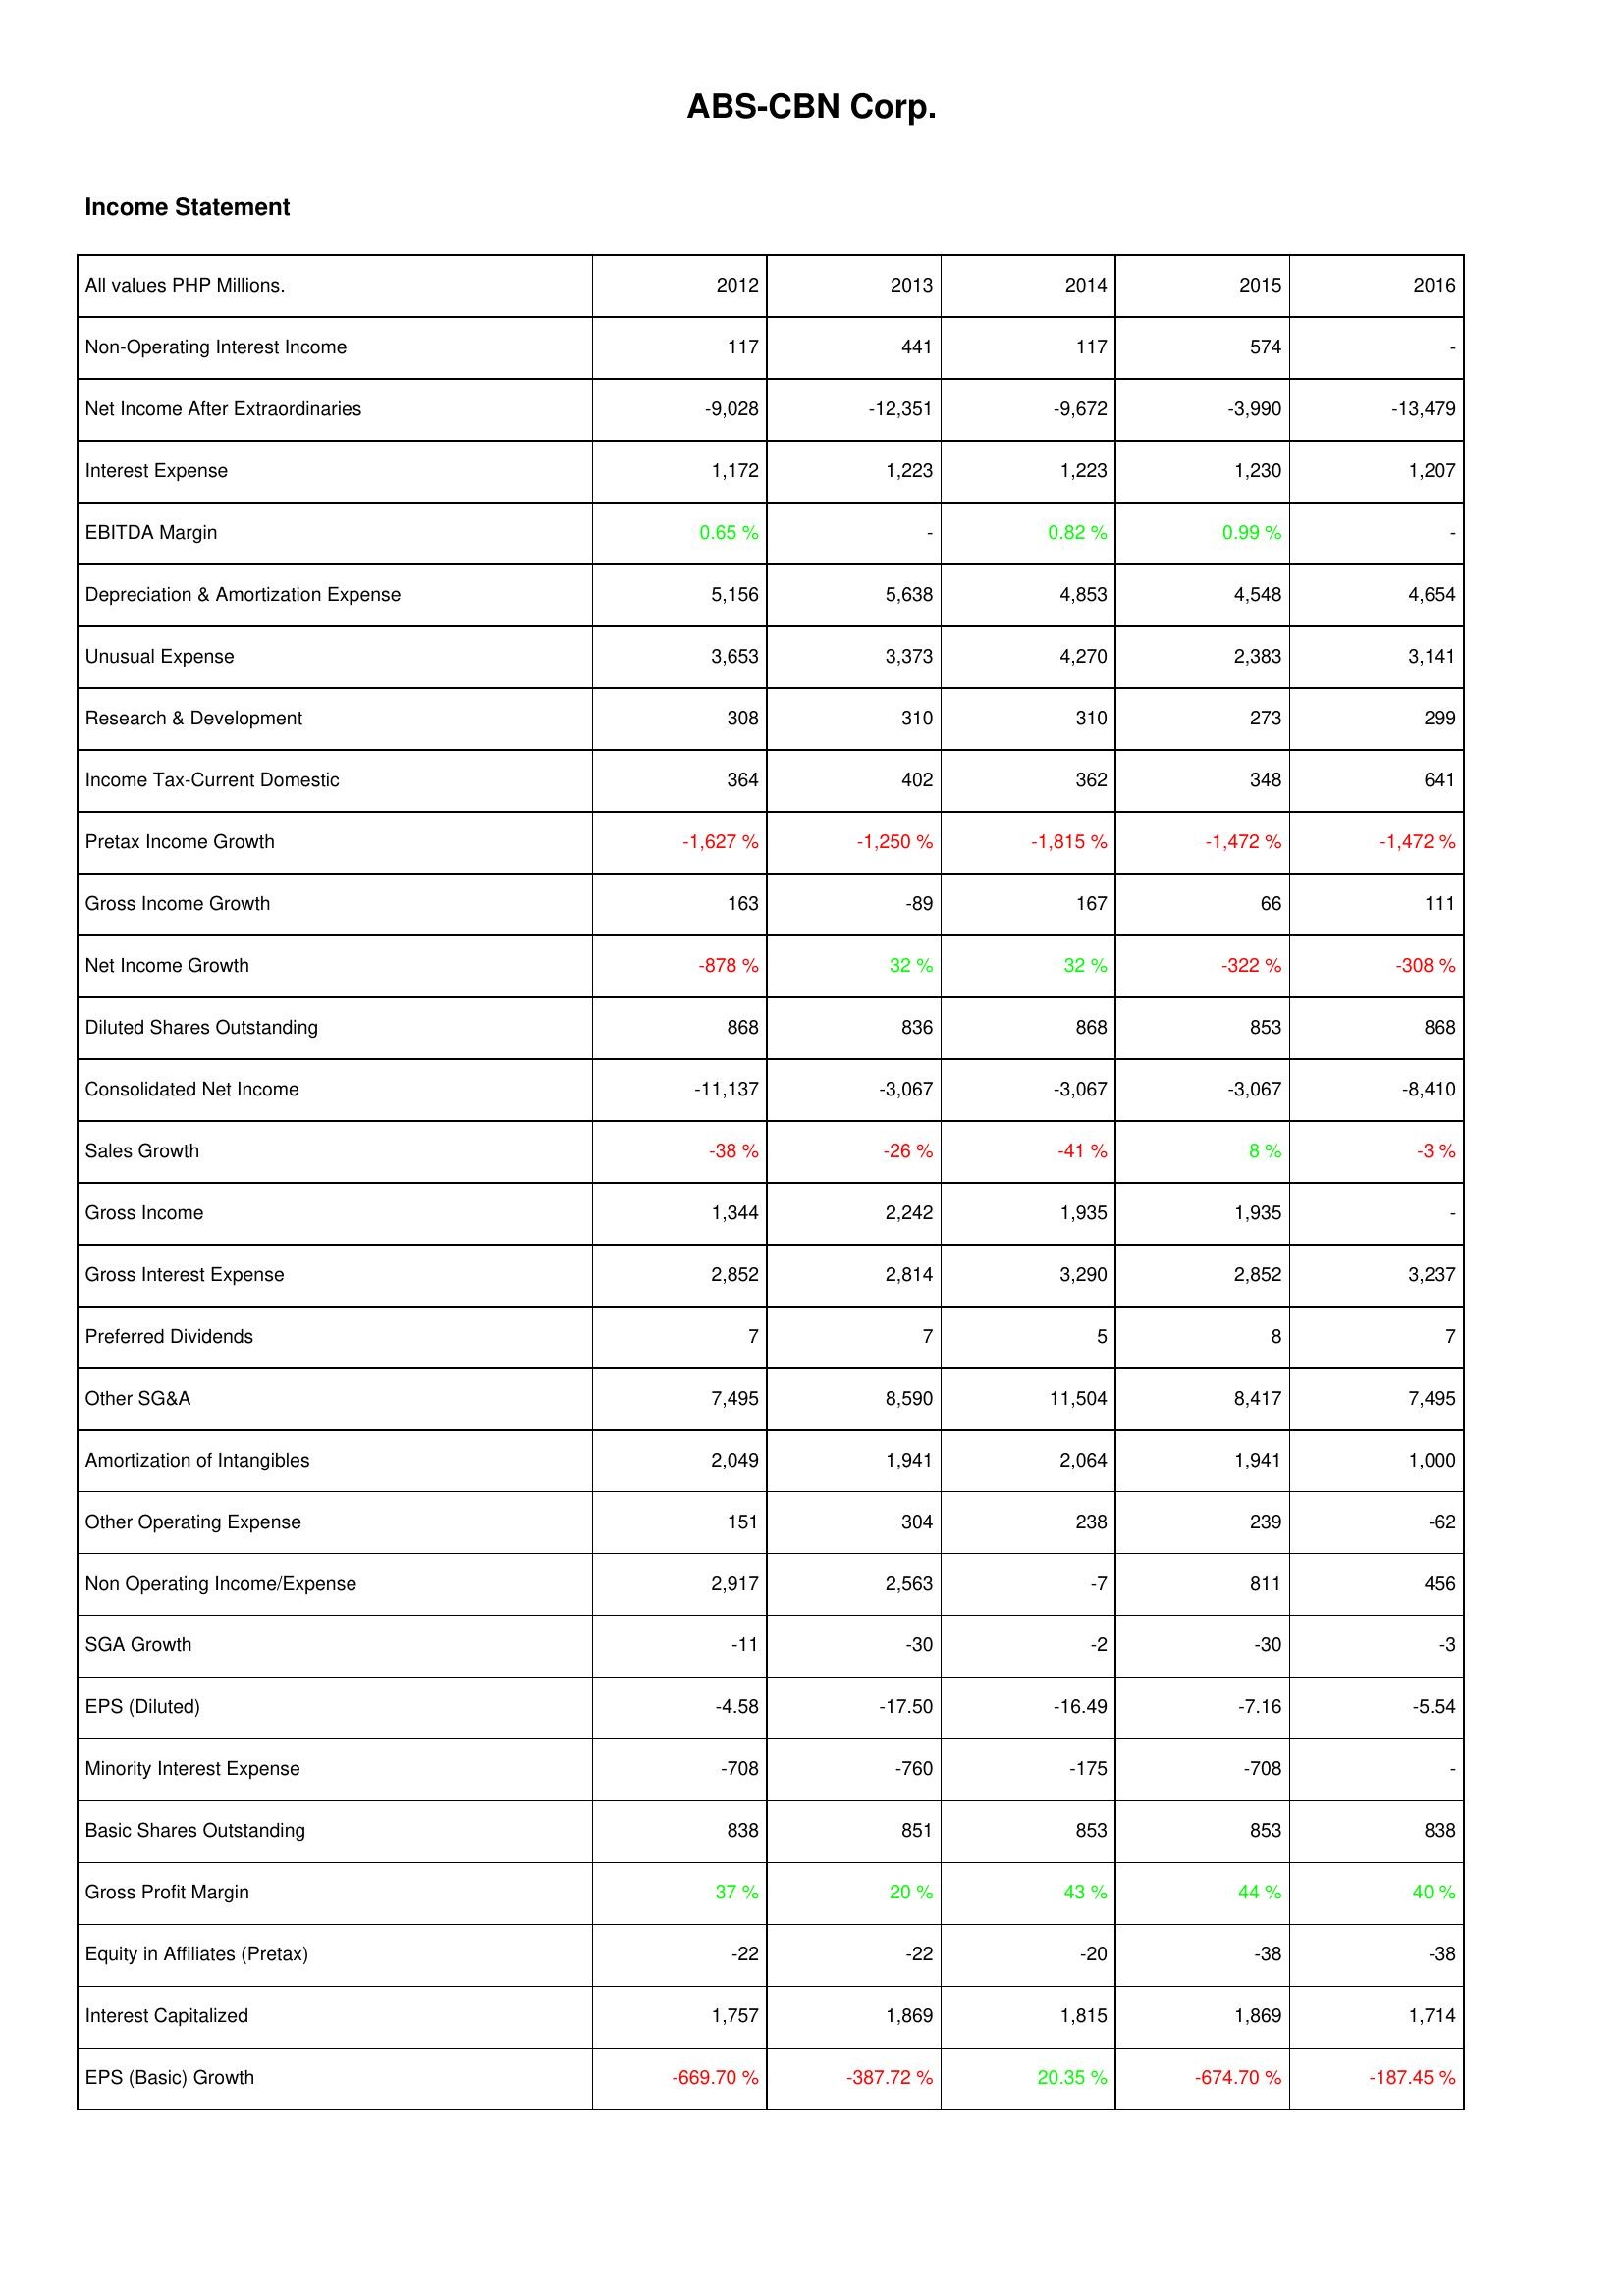
2012: Income Statement: Non-Operating Interest Income: 117
Net Income After Extraordinaries: -9,028
Interest Expense: 1,172
EBITDA Margin: 0.65 %
Depreciation & Amortization Expense: 5,156
Unusual Expense: 3,653
Research & Development: 308
Income Tax-Current Domestic: 364
Pretax Income Growth: -1,627 %
Gross Income Growth: 163
Net Income Growth: -878 %
Diluted Shares Outstanding: 868
Consolidated Net Income: -11,137
Sales Growth: -38 %
Gross Income: 1,344
Gross Interest Expense: 2,852
Preferred Dividends: 7
Other SG&A: 7,495
Amortization of Intangibles: 2,049
Other Operating Expense: 151
Non Operating Income/Expense: 2,917
SGA Growth: -11
EPS (Diluted): -4.58
Minority Interest Expense: -708
Basic Shares Outstanding: 838
Gross Profit Margin: 37 %
Equity in Affiliates (Pretax): -22
Interest Capitalized: 1,757
EPS (Basic) Growth: -669.70 %
2013: Income Statement: Non-Operating Interest Income: 441
Net Income After Extraordinaries: -12,351
Interest Expense: 1,223
EBITDA Margin: -
Depreciation & Amortization Expense: 5,638
Unusual Expense: 3,373
Research & Development: 310
Income Tax-Current Domestic: 402
Pretax Income Growth: -1,250 %
Gross Income Growth: -89
Net Income Growth: 32 %
Diluted Shares Outstanding: 836
Consolidated Net Income: -3,067
Sales Growth: -26 %
Gross Income: 2,242
Gross Interest Expense: 2,814
Preferred Dividends: 7
Other SG&A: 8,590
Amortization of Intangibles: 1,941
Other Operating Expense: 304
Non Operating Income/Expense: 2,563
SGA Growth: -30
EPS (Diluted): -17.50
Minority Interest Expense: -760
Basic Shares Outstanding: 851
Gross Profit Margin: 20 %
Equity in Affiliates (Pretax): -22
Interest Capitalized: 1,869
EPS (Basic) Growth: -387.72 %
2014: Income Statement: Non-Operating Interest Income: 117
Net Income After Extraordinaries: -9,672
Interest Expense: 1,223
EBITDA Margin: 0.82 %
Depreciation & Amortization Expense: 4,853
Unusual Expense: 4,270
Research & Development: 310
Income Tax-Current Domestic: 362
Pretax Income Growth: -1,815 %
Gross Income Growth: 167
Net Income Growth: 32 %
Diluted Shares Outstanding: 868
Consolidated Net Income: -3,067
Sales Growth: -41 %
Gross Income: 1,935
Gross Interest Expense: 3,290
Preferred Dividends: 5
Other SG&A: 11,504
Amortization of Intangibles: 2,064
Other Operating Expense: 238
Non Operating Income/Expense: -7
SGA Growth: -2
EPS (Diluted): -16.49
Minority Interest Expense: -175
Basic Shares Outstanding: 853
Gross Profit Margin: 43 %
Equity in Affiliates (Pretax): -20
Interest Capitalized: 1,815
EPS (Basic) Growth: 20.35 %
2015: Income Statement: Non-Operating Interest Income: 574
Net Income After Extraordinaries: -3,990
Interest Expense: 1,230
EBITDA Margin: 0.99 %
Depreciation & Amortization Expense: 4,548
Unusual Expense: 2,383
Research & Development: 273
Income Tax-Current Domestic: 348
Pretax Income Growth: -1,472 %
Gross Income Growth: 66
Net Income Growth: -322 %
Diluted Shares Outstanding: 853
Consolidated Net Income: -3,067
Sales Growth: 8 %
Gross Income: 1,935
Gross Interest Expense: 2,852
Preferred Dividends: 8
Other SG&A: 8,417
Amortization of Intangibles: 1,941
Other Operating Expense: 239
Non Operating Income/Expense: 811
SGA Growth: -30
EPS (Diluted): -7.16
Minority Interest Expense: -708
Basic Shares Outstanding: 853
Gross Profit Margin: 44 %
Equity in Affiliates (Pretax): -38
Interest Capitalized: 1,869
EPS (Basic) Growth: -674.70 %
2016: Income Statement: Non-Operating Interest Income: -
Net Income After Extraordinaries: -13,479
Interest Expense: 1,207
EBITDA Margin: -
Depreciation & Amortization Expense: 4,654
Unusual Expense: 3,141
Research & Development: 299
Income Tax-Current Domestic: 641
Pretax Income Growth: -1,472 %
Gross Income Growth: 111
Net Income Growth: -308 %
Diluted Shares Outstanding: 868
Consolidated Net Income: -8,410
Sales Growth: -3 %
Gross Income: -
Gross Interest Expense: 3,237
Preferred Dividends: 7
Other SG&A: 7,495
Amortization of Intangibles: 1,000
Other Operating Expense: -62
Non Operating Income/Expense: 456
SGA Growth: -3
EPS (Diluted): -5.54
Minority Interest Expense: -
Basic Shares Outstanding: 838
Gross Profit Margin: 40 %
Equity in Affiliates (Pretax): -38
Interest Capitalized: 1,714
EPS (Basic) Growth: -187.45 %